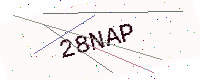
Text: 28NAP